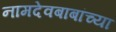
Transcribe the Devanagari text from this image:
नामदेवबाबांच्या